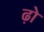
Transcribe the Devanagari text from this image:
ढ़ो